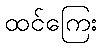
ထင်ကြေး